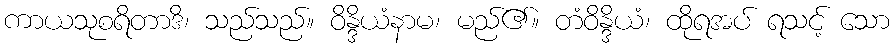
ကာယသုစရိတာဒိ၊ သည်သည်။ ဝိန္ဒိယံနာမ၊ မည်၏။ တံဝိန္ဒိယံ၊ ထိုရအပ် ရသင့် သော